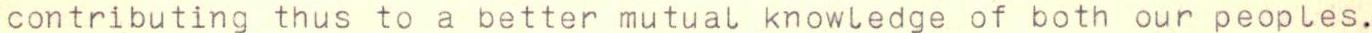
contributing thus to a better mutual knowledge of both our peoples.